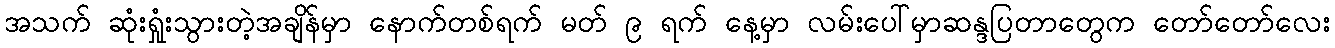
အသက် ဆုံးရှုံးသွားတဲ့အချိန်မှာ နောက်တစ်ရက် မတ် ၉ ရက် နေ့မှာ လမ်းပေါ်မှာဆန္ဒပြတာတွေက တော်တော်လေး